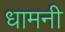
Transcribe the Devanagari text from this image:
धामनी